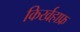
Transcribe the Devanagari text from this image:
किर्खहाफ्र